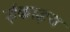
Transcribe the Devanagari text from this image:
ईकाइय